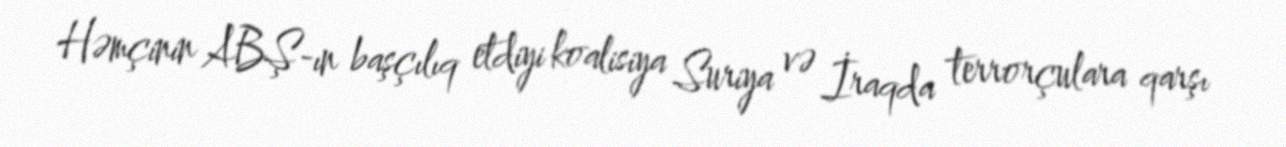
Həmçinin ABŞ-ın başçılıq etdiyi koalisiya Suriya və İraqda terrorçulara qarşı